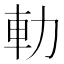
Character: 䡃